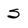
Character: S